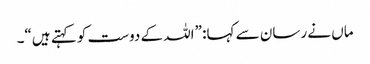
ماں نے رسان سے کہا: ”اللہ کے دوست کو کہتے ہیں“۔